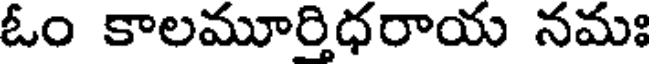
ఓం కాలమూర్తిధరాయ నమః